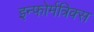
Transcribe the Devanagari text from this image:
इन्फोर्मत्रिक्स